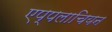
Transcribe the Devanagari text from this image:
एप्पलाचियन